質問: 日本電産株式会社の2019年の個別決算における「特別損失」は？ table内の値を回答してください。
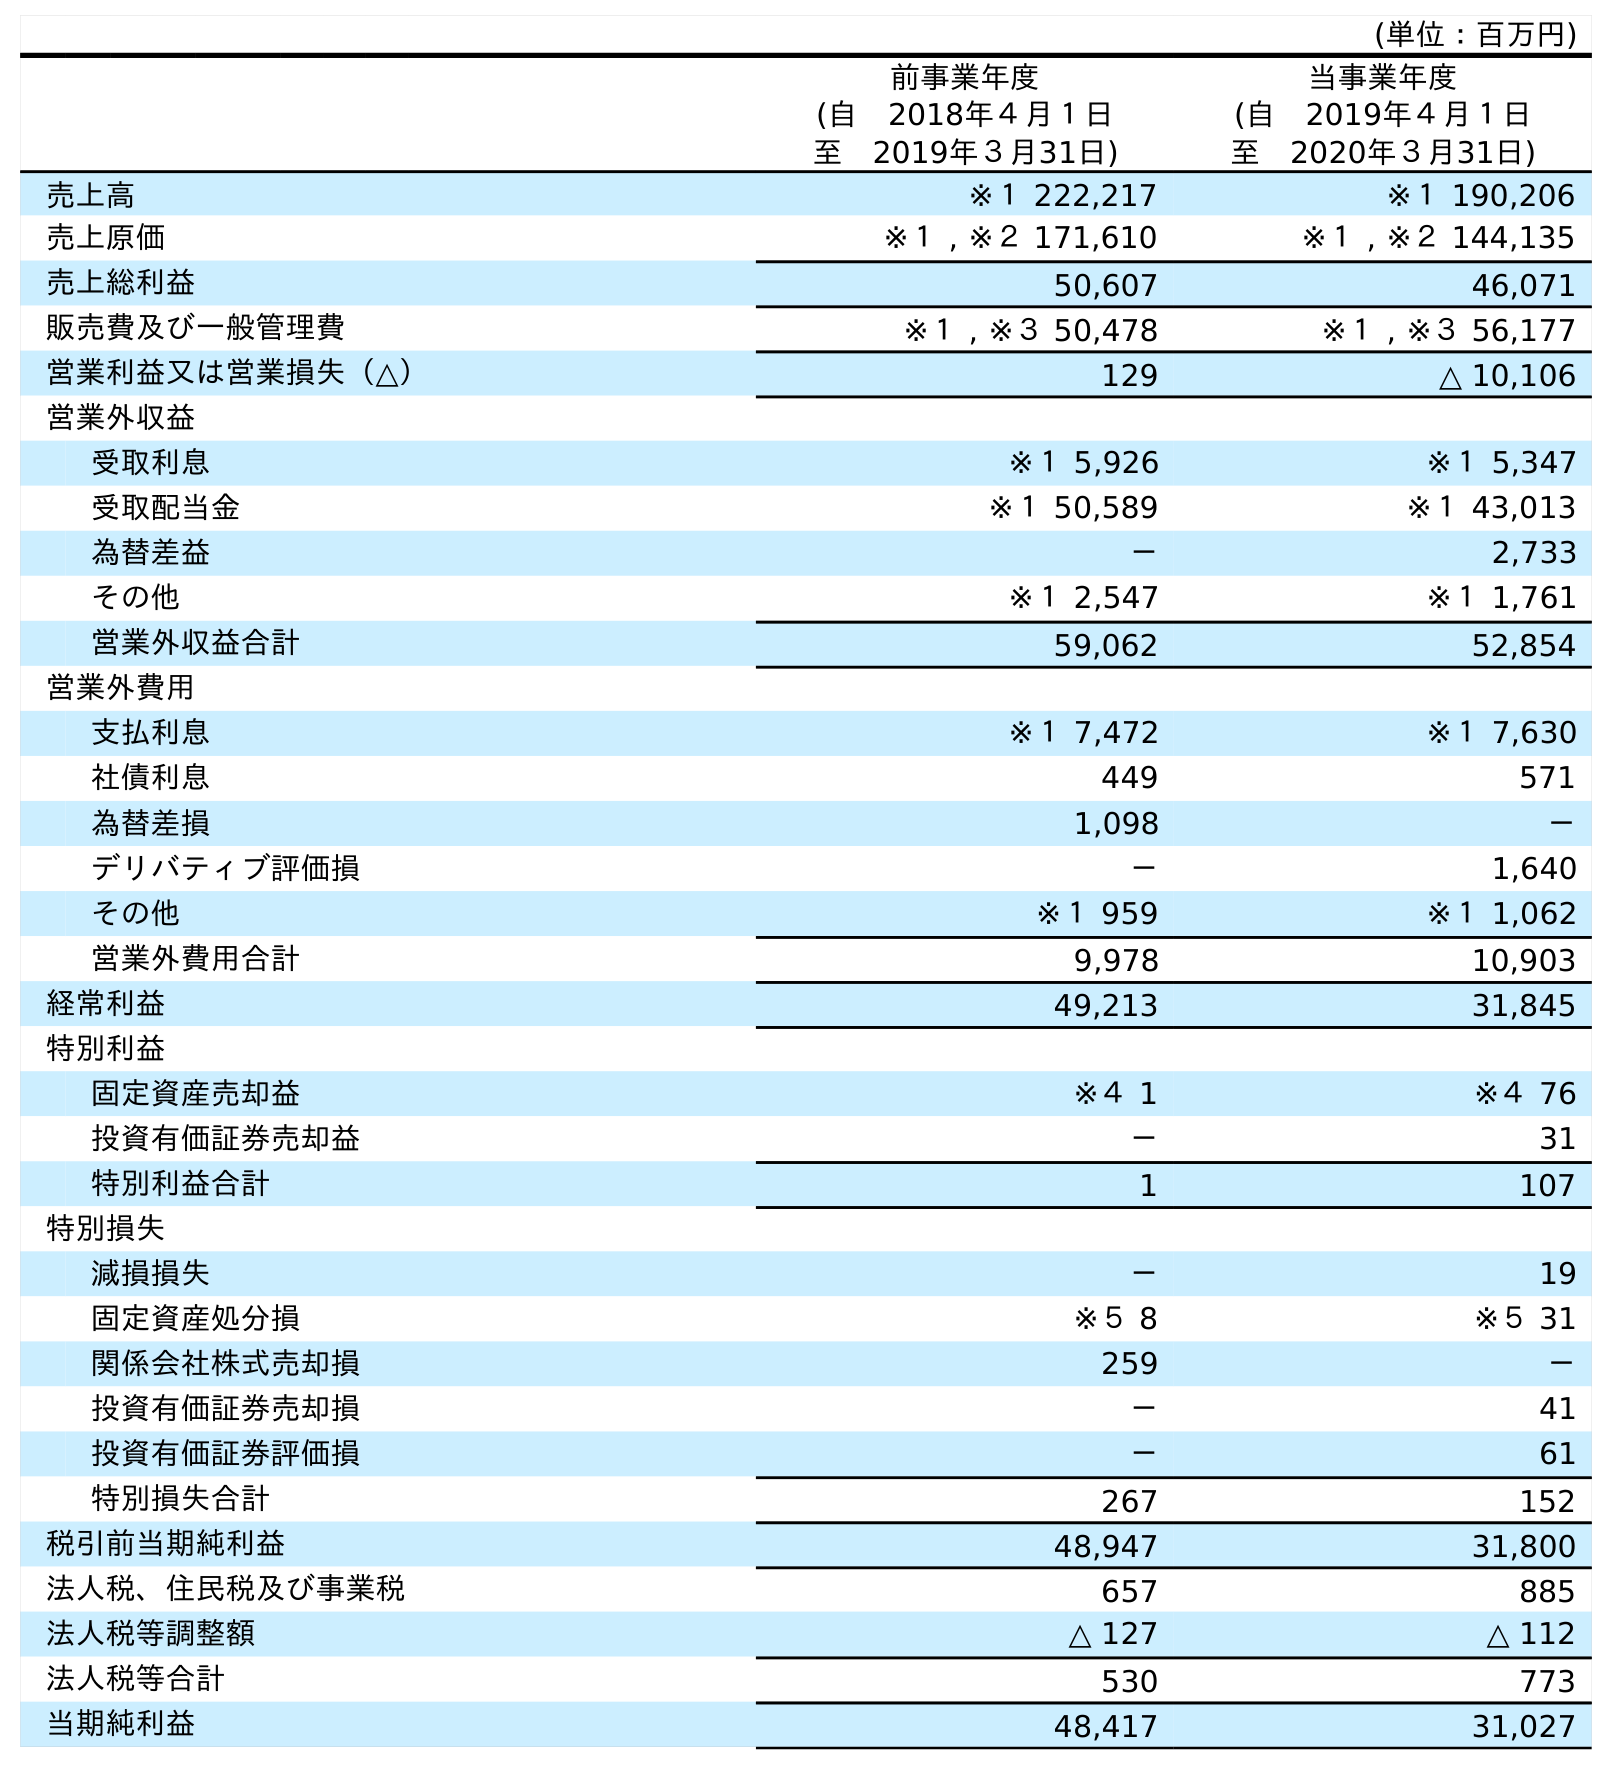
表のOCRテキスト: (単位：百万円) 前事業年度 (自 2018年４月１日 至 2019年３月31日) 当事業年度 (自 2019年４月１日 至 2020年３月31日) 売上高 ※１ 222,217 ※１ 190,206 売上原価 ※１ , ※２ 171,610 ※１ , ※２ 144,135 売上総利益 50,607 46,071 販売費及び一般管理費 ※１ , ※３ 50,478 ※１ , ※３ 56,177 営業利益又は営業損失（△） 129 △ 10,106 営業外収益 受取利息 ※１ 5,926 ※１ 5,347 受取配当金 ※１ 50,589 ※１ 43,013 為替差益 － 2,733 その他 ※１ 2,547 ※１ 1,761 営業外収益合計 59,062 52,854 営業外費用 支払利息 ※１ 7,472 ※１ 7,630 社債利息 449 571 為替差損 1,098 － デリバティブ評価損 － 1,640 その他 ※１ 959 ※１ 1,062 営業外費用合計 9,978 10,903 経常利益 49,213 31,845 特別利益 固定資産売却益 ※４ 1 ※４ 76 投資有価証券売却益 － 31 特別利益合計 1 107 特別損失 減損損失 － 19 固定資産処分損 ※５ 8 ※５ 31 関係会社株式売却損 259 － 投資有価証券売却損 － 41 投資有価証券評価損 － 61 特別損失合計 267 152 税引前当期純利益 48,947 31,800 法人税、住民税及び事業税 657 885 法人税等調整額 △ 127 △ 112 法人税等合計 530 773 当期純利益 48,417 31,027
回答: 267